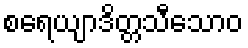
စရေယျာဒိတ္တသီသောဝ